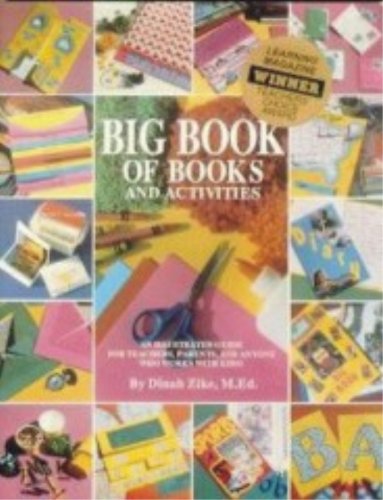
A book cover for Big Book of Books and Activities: An Illustrated Guide for Teacher, Parents, and Anyone Who Works With Kids!; Dinah Zike; Reference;